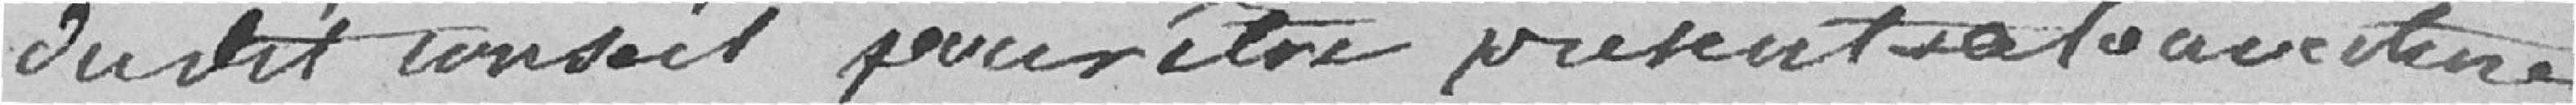
dudit conseil pour être présent à l'ouverture